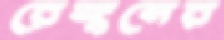
রেঙ্গুনের